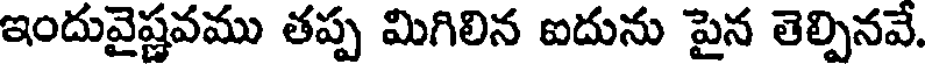
ఇందువైష్ణవము తప్ప మిగిలిన ఐదును పైన తెల్పినవే.